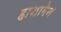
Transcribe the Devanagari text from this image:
हाशागेन